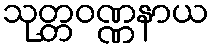
သုတ္တဝဏ္ဏနာယ